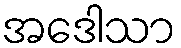
အဒေါသာ